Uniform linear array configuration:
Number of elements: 4
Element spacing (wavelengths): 0.25
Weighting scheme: uniform
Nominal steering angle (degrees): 30
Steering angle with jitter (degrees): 31.362
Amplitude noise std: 0.05
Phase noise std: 0.05

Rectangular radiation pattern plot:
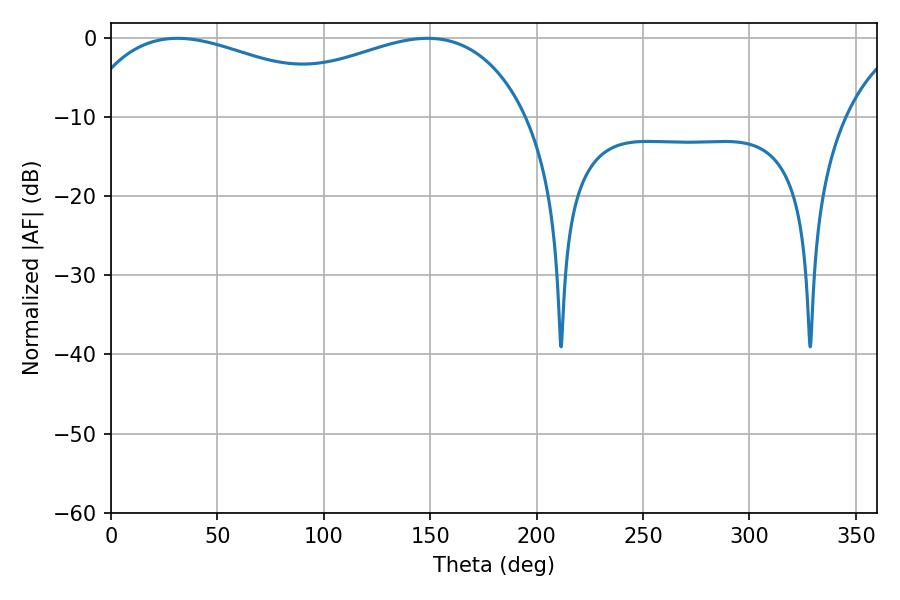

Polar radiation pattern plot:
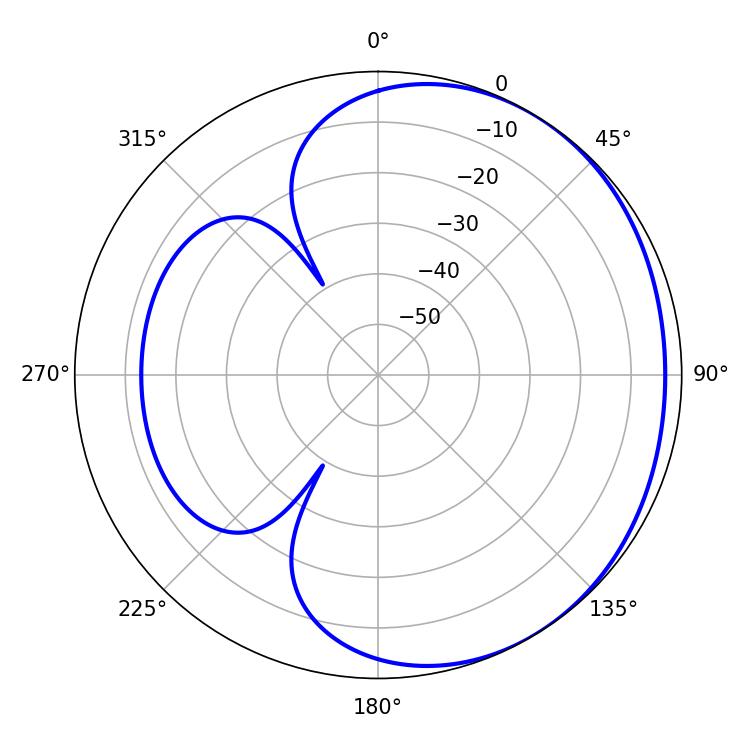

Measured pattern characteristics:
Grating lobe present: FALSE
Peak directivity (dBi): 1.781
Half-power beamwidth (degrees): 76.14
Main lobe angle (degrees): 31.32